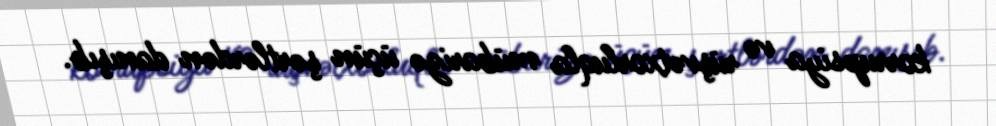
korrupsiya və rüşvətxorluqla mübarizə üçün şərtlərdən danışıb.